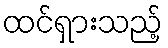
ထင်ရှားသည့်